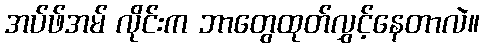
အပ်ဖ်အမ် လိုင်းက ဘာတွေထုတ်လွှင့်နေတာလဲ။